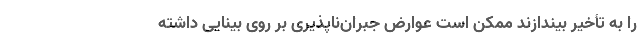
را به تأخیر بیندازند ممکن است عوارض جبران‌ناپذیری بر روی بینایی داشته